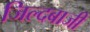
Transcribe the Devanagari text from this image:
जिल्दबाजी